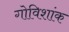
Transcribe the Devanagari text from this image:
गोविशांक